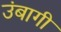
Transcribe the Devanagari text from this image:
उंबागी